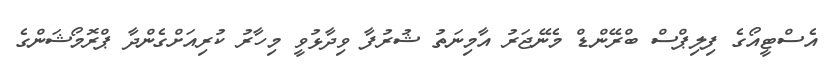
އެސްޓީއޯގެ ފިލިޕްސް ބްރޭންޑް މެނޭޖަރު އާމިނަތު ޝުރުފާ ވިދާޅުވީ މިހާރު ކުރިއަށްގެންދާ ޕްރޮމޯޝަންގެ